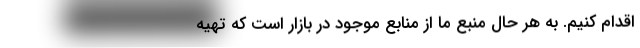
اقدام کنیم. به هر حال منبع ما از منابع موجود در بازار است که تهیه